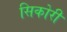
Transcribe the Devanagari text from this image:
सिकोरी